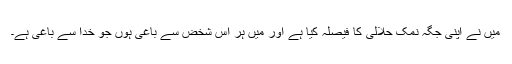
میں نے اپنی جگہ نمک حلالی کا فیصلہ کیا ہے اور میں ہر اس شخض سے باغی ہوں جو خدا سے باغی ہے۔